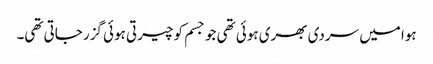
ہوا میں سردی بھری ہوئی تھی جو جسم کو چیرتی ہوئی گزر جاتی تھی۔